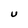
Character: U